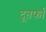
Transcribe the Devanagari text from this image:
दूतर्फा